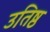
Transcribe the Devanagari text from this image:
उतिष्ठ